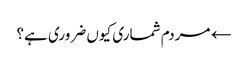
← مردم شماری کیوں ضروری ہے؟